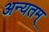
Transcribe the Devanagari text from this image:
अन्यतम्